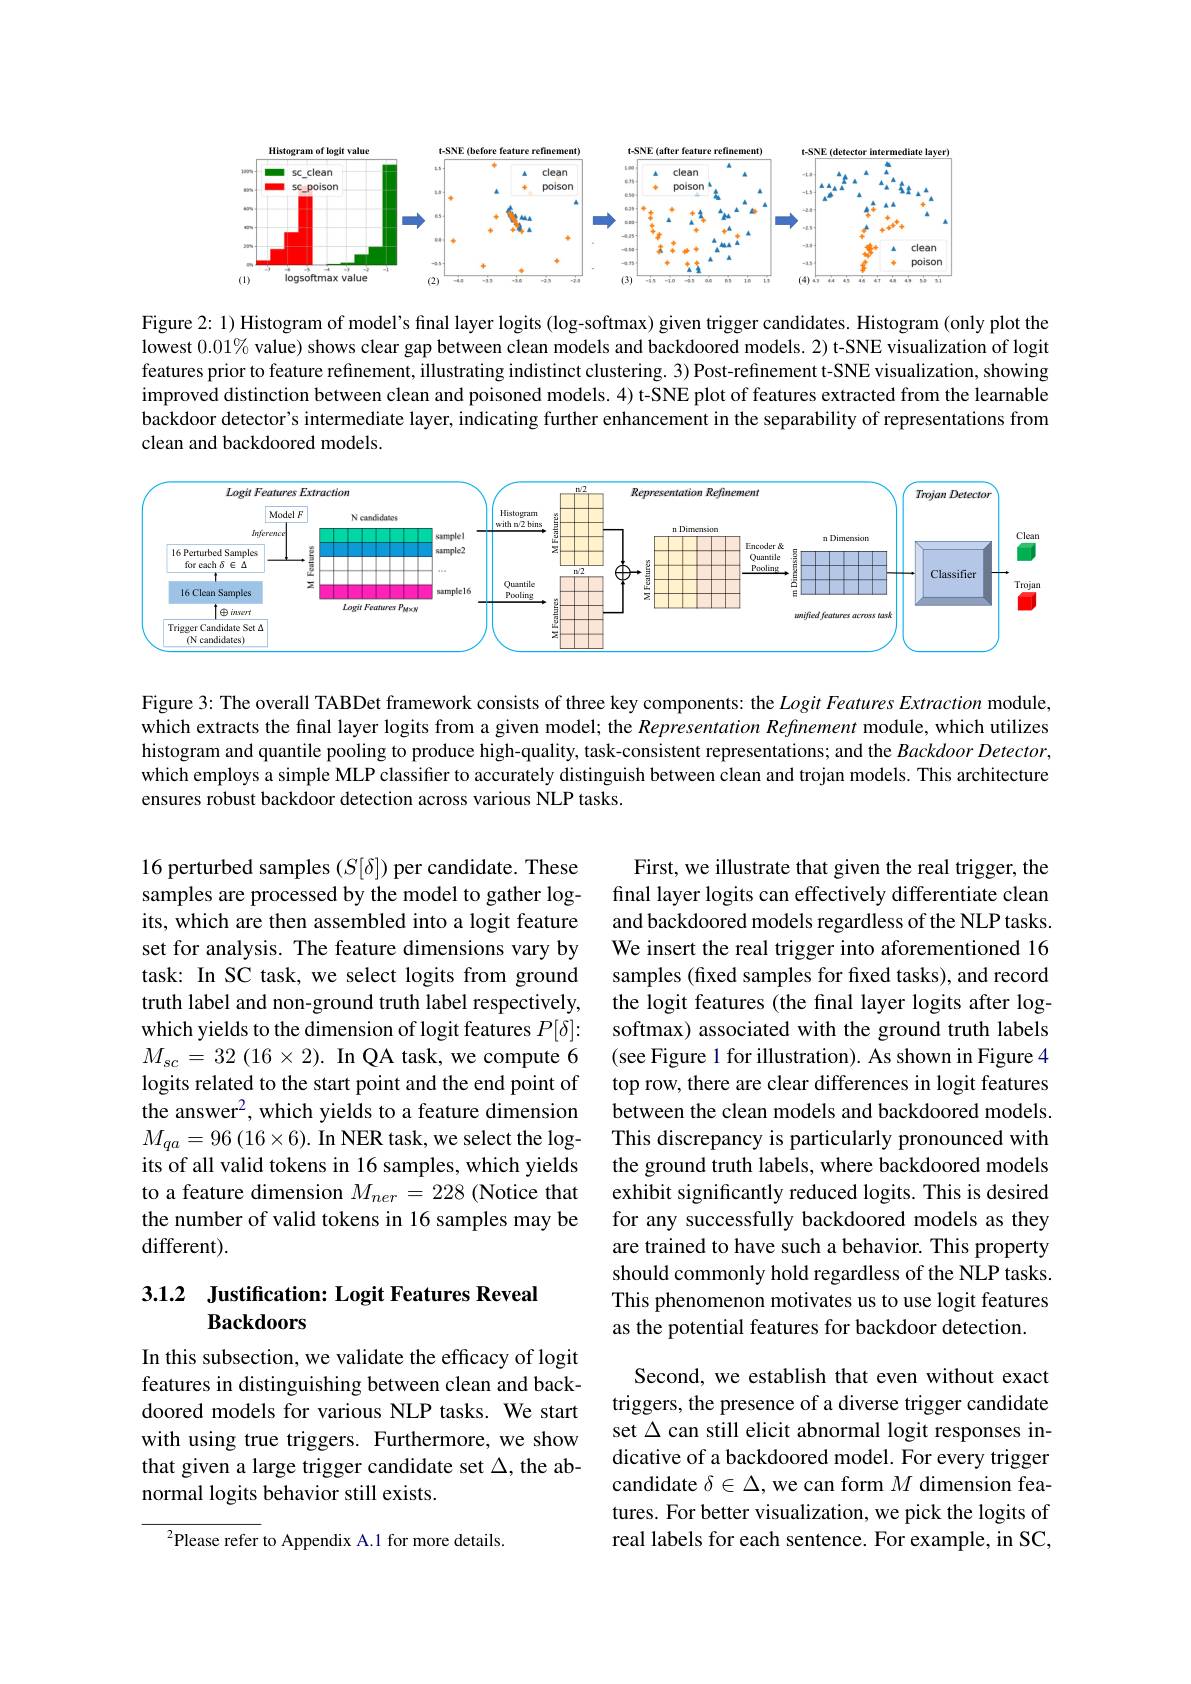
<FigureHere>

Figure 2: 1) Histogram of model's final layer logits (log-softmax) given trigger candidates. Histogram (only plot the lowest $0.01\%$ value) shows clear gap between clean models and backdoored models. 2) t-SNE visualization of logit features prior to feature refinement, illustrating indistinct clustering. 3) Post-refinement t-SNE visualization, showing improved distinction between clean and poisoned models. 4) t-SNE plot of features extracted from the learnable backdoor detector's intermediate layer, indicating further enhancement in the separability of representations from clean and backdoored models.

<FigureHere>

Figure 3: The overall TABDet framework consists of three key components: the $Logit\textit{Features Extraction module, }$ which extracts the final layer logits from a given model; the Representation Refinement module, which utilizes histogram and quantile pooling to produce high-quality, task-consistent representations; and the $BackdoorDetector$, which employs a simple MLP classifier to accurately distinguish between clean and trojan models. This architecture ensures robust backdoor detection across various NLP tasks.

16 perturbed samples $(S[\delta])$ per candidate. These samples are processed by the model to gather logits, which are then assembled into a logit feature set for analysis. The feature dimensions vary by task: In SC task, we select logits from ground truth label and non-ground truth label respectively, which yields to the dimension of logit features $P[\delta]:$ $M_{sc}=32(16\times2).$ In QA task, we compute 6 logits related to the start point and the end point of the answer$^2$, which yields to a feature dimension $M_{qa}=96\left(16\times6\right).$In NER task, we select the logits of all valid tokens in 16 samples, which yields to a feature dimension $M_{ner}=228$ (Notice that the number of valid tokens in 16 samples may be different).

First, we illustrate that given the real trigger, the final layer logits can effectively differentiate clean and backdoored models regardless of the NLP tasks. We insert the real trigger into aforementioned 16 samples (fixed samples for fixed tasks), and record the logit features (the final layer logits after logsoftmax) associated with the ground truth labels (see Figure 1 for illustration). As shown in Figure 4 top row, there are clear differences in logit features between the clean models and backdoored models. This discrepancy is particularly pronounced with the ground truth labels, where backdoored models exhibit significantly reduced logits. This is desired for any successfully backdoored models as they are trained to have such a behavior. This property should commonly hold regardless of the NLP tasks. This phenomenon motivates us to use logit features as the potential features for backdoor detection.

## 3.1.2 Justification: Logit Features Reveal Backdoors

In this subsection, we validate the efficacy of logit features in distinguishing between clean and backdoored models for various NLP tasks. We start with using true triggers. Furthermore, we show that given a large trigger candidate set $\Delta$, the abnormal logits behavior still exists.

Second, we establish that even without exact triggers, the presence of a diverse trigger candidate set $\Delta$ can still elicit abnormal logit responses indicative of a backdoored model. For every trigger candidate $\delta\in\Delta$, we can form $M$ dimension features. For better visualization, we pick the logits of real labels for each sentence. For example, in SC,

$^{2}$Please refer to Appendix A.1 for more details.